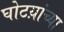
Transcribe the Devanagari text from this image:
घोटय़ांच्या